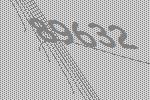
89632